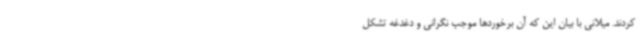
کردند. میلانی با بیان این که آن برخوردها موجب نگرانی و دغدغه تشکل